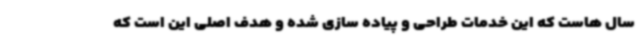
سال هاست که این خدمات طراحی و پیاده سازی شده و هدف اصلی این است که